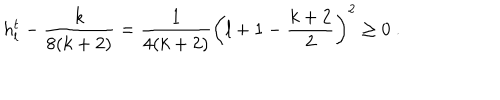
LaTeX: h _ { l } ^ { t } - \frac { k } { 8 ( k + 2 ) } = \frac { 1 } { 4 ( k + 2 ) } \left( l + 1 - \frac { k + 2 } { 2 } \right) ^ { 2 } \geq 0 ~ .